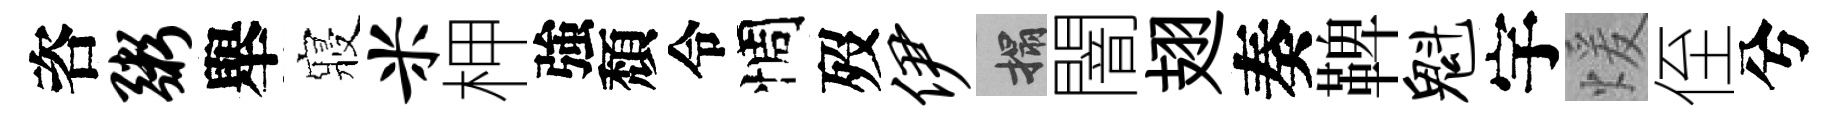
咨粥舉寢米柙強頽令惆歿伊搨闇翅奏鞞魁宇煖侄兮